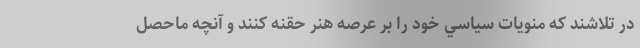
در تلاشند كه منويات سياسي خود را بر عرصه هنر حقنه كنند و آنچه ماحصل